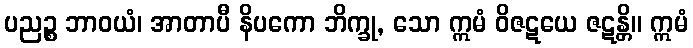
ပညဉ္စ ဘာဝယံ၊ အာတာပီ နိပကော ဘိက္ခု, သော ဣမံ ဝိဇဋယေ ဇဋန္တိ။ ဣမံ